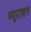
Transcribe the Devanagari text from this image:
म्यूराइन